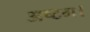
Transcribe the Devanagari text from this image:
अष्टम।